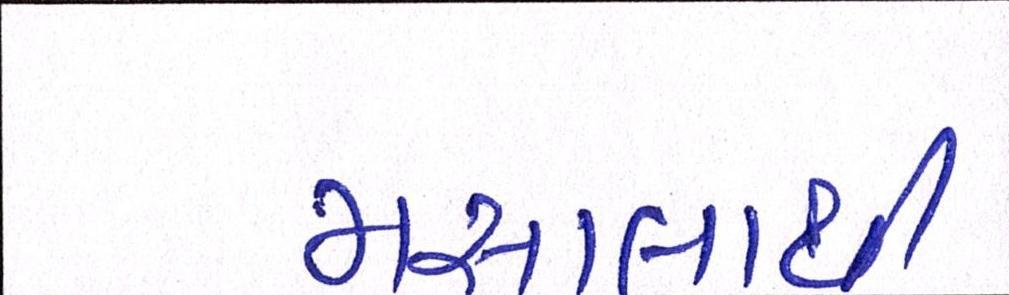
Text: મસાલાથી